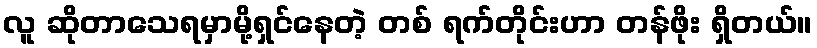
လူ ဆိုတာသေရမှာမို့ရှင်နေတဲ့ တစ် ရက်တိုင်းဟာ တန်ဖိုး ရှိတယ်။